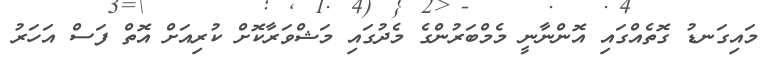
މައިގަނޑު ގޮތެއްގައި އޮންނާނީ މެމްބަރުންގެ މެދުގައި މަޝްވަރާކޮށް ކުރިއަށް އޮތް ފަސް އަހަރު